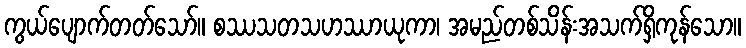
ကွယ်ပျောက်တတ်သော်။ စဿသတသဟဿာယုကာ၊ အမည်တစ်သိန်းအသက်ရှိကုန်သော။